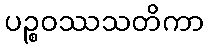
ပဉ္စဝဿသတိကာ